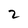
Character: 2